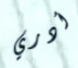
أدري